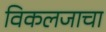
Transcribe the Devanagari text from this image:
विकलजाचा